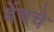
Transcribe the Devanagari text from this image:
बेंचचे